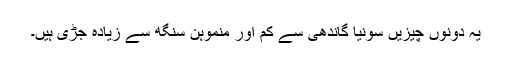
یہ دونوں چیزیں سونیا گاندھی سے کم اور منموہن سنگھ سے زیادہ جڑی ہیں۔